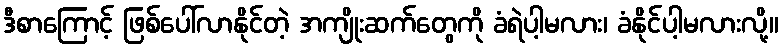
ဒီစာကြောင့် ဖြစ်ပေါ်လာနိုင်တဲ့ အကျိုးဆက်တွေကို ခံရဲပါ့မလား၊ ခံနိုင်ပါ့မလားလို့။